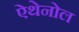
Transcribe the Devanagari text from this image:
ऐथेनोल